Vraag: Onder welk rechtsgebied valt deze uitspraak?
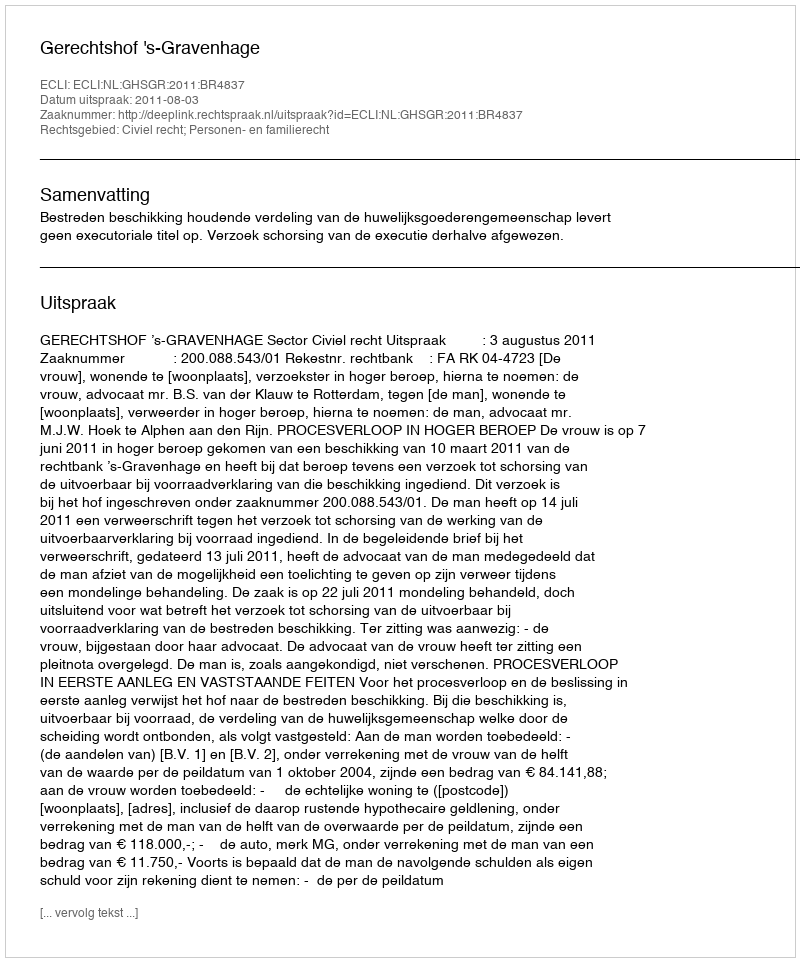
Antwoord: Civiel recht; Personen- en familierecht